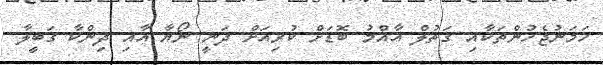
ހަމަނުޖެހުންތަކާއި ގަތުލް އާއްމު ބޮޑަށް ކުރިއަށް ދަނީ ނޯޔާ އާއި ދިންކާ ގަބީލާ